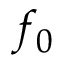
f _ { 0 }